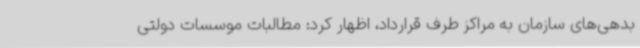
بدهی‌های سازمان به مراکز طرف قرارداد، اظهار کرد: مطالبات موسسات دولتی